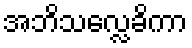
အဘိသလ္လေခိကာ